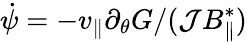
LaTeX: \dot{\psi}=-v_{\| }\partial_{\theta}G/({\cal J}B_{\| }^{*})